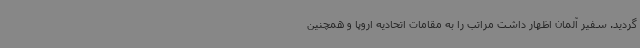
گردید. سفیر آلمان اظهار داشت مراتب را به مقامات اتحادیه اروپا و همچنین